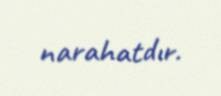
narahatdır.